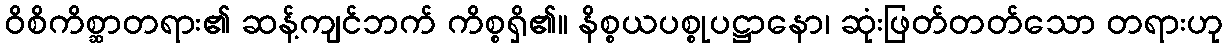
ဝိစိကိစ္ဆာတရား၏ ဆန့်ကျင်ဘက် ကိစ္စရှိ၏။ နိစ္စယပစ္စုပဋ္ဌာနော၊ ဆုံးဖြတ်တတ်သော တရားဟု